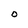
Character: O